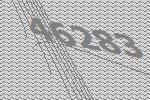
46283